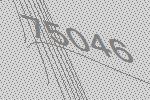
75046